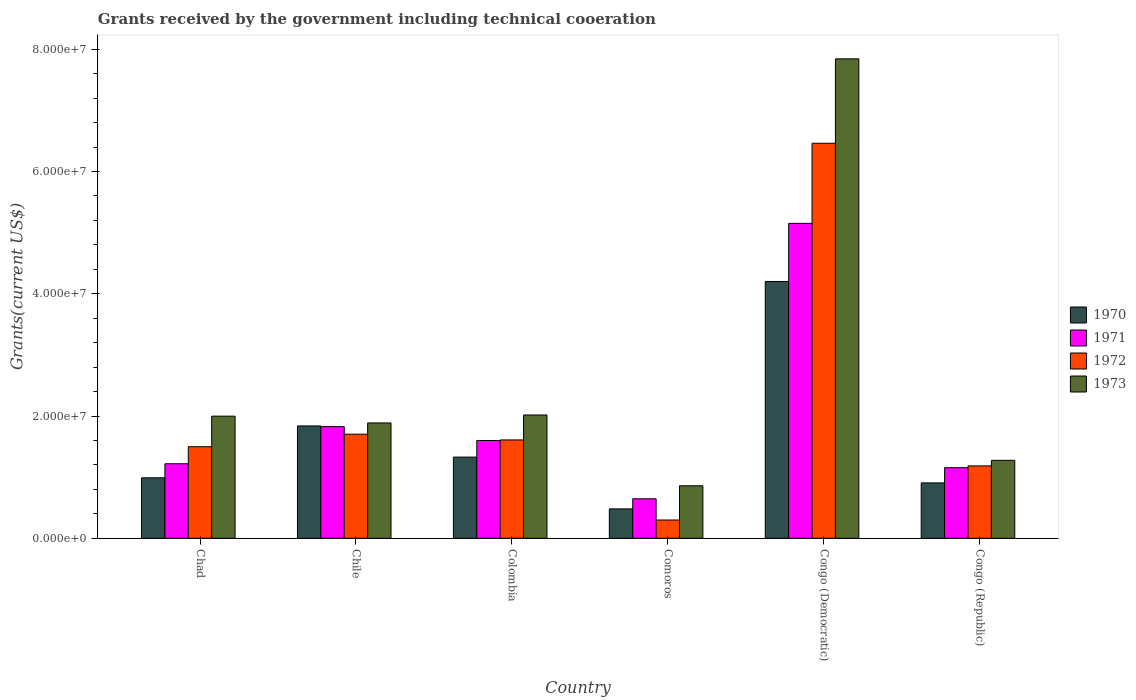
| Country | 1970 | 1971 | 1972 | 1973 |
 | --- | --- | --- | --- | --- |
 | Chad | 9.89e+06 | 1.22e+07 | 1.5e+07 | 2e+07 |
 | Chile | 1.84e+07 | 1.83e+07 | 1.7e+07 | 1.89e+07 |
 | Colombia | 1.33e+07 | 1.6e+07 | 1.61e+07 | 2.02e+07 |
 | Comoros | 4.81e+06 | 6.46e+06 | 2.99e+06 | 8.59e+06 |
 | Congo (Democratic) | 4.2e+07 | 5.15e+07 | 6.46e+07 | 7.84e+07 |
 | Congo (Republic) | 9.06e+06 | 1.16e+07 | 1.18e+07 | 1.28e+07 |